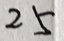
2 5